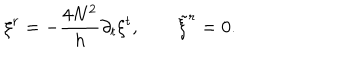
LaTeX: \xi ^ { r } = - { \frac { 4 N ^ { 2 } } { h } } \partial _ { t } \xi ^ { t } , \qquad { \tilde { \xi } } ^ { r } = 0 .